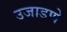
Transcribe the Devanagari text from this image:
उजाडणे